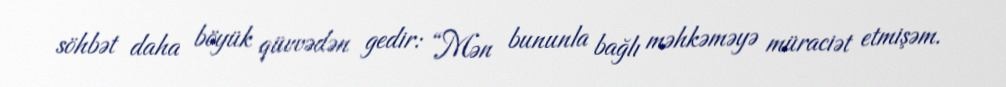
söhbət daha böyük qüvvədən gedir: “Mən bununla bağlı məhkəməyə müraciət etmişəm.